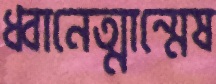
ধ্বানেত্মান্মেষ